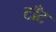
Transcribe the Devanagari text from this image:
टाँट